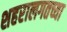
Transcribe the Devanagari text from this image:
शहरालगतच्या